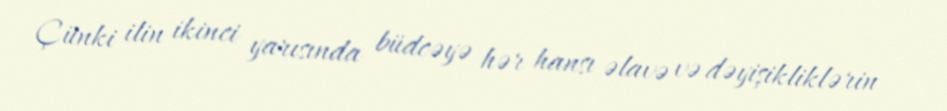
Çünki ilin ikinci yarısında büdcəyə hər hansı əlavə və dəyişikliklərin